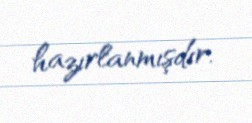
hazırlanmışdır.